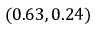
( 0 . 6 3 , 0 . 2 4 )